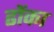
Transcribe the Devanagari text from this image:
ढोंका